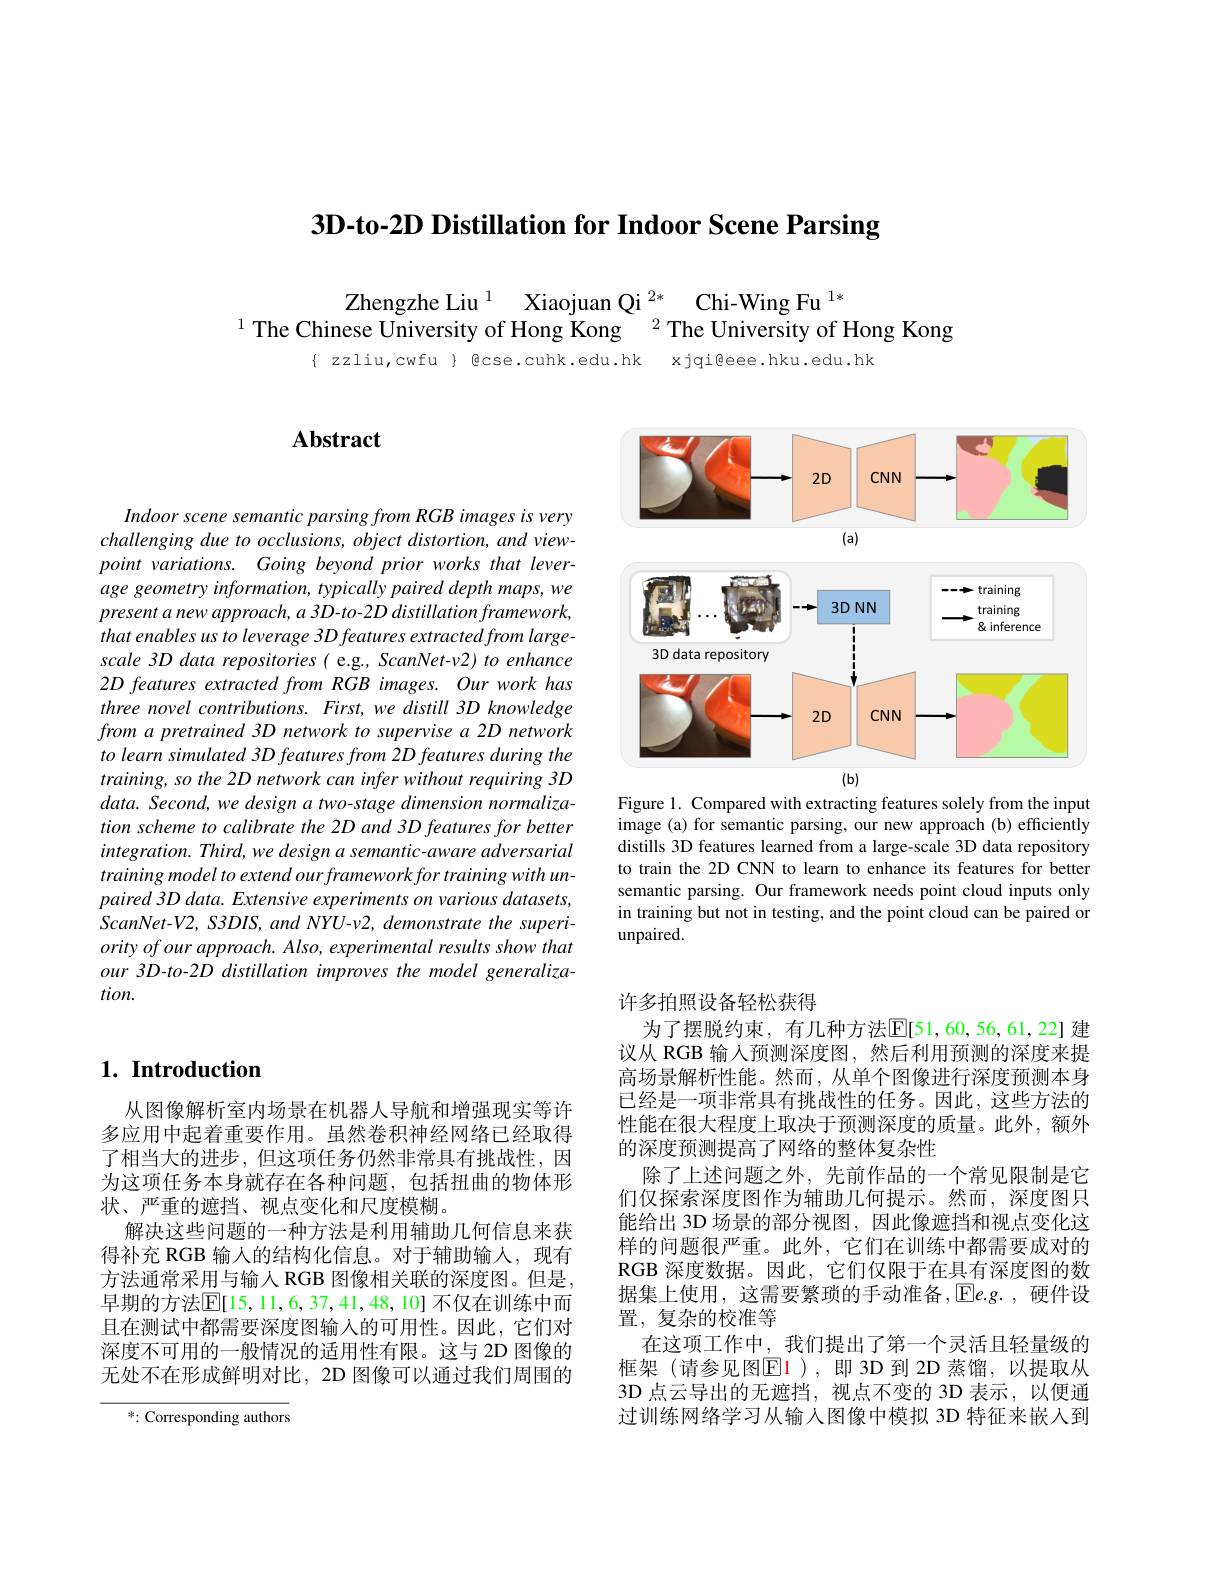
3D-to-2D Distillation for Indoor Scene Parsing

Zhengzhe Liu $^{1}$ Xiaojuan Qi $^{2*}$ Chi-Wing Fu$^{1*}$
$^{1}$ The Chinese University of Hong Kong $^{2}$ The University of Hong Kong
{ zzliu,cwfu } Qcse.cuhk.edu.hk xjqi@eee.hku.edu.hk

# Abstract

## $1. \textbf{ Introduction}$

从图像解析室内场景在机器人导航和增强现实等许多应用中起着重要作用。虽然卷积神经网络已经取得了相当大的进步，但这项任务仍然非常具有挑战性，因为这项任务本身就存在各种问题，包括扭曲的物体形状、严重的遮挡、视点变化和尺度模糊。
解决这些问题的一种方法是利用辅助几何信息来获得补充 RGB 输入的结构化信息。对于辅助输人，现有方法通常采用与输入 RGB 图像相关联的深度图。但是早期的方法$\overline{\mathrm{E}}[15,11,6,37,41,48,10]$ 不仅在训练中而且在测试中都需要深度图输入的可用性。因此，它们对深度不可用的一般情况的适用性有限。这与 2D 图像的无处不在形成鲜明对比，2D 图像可以通过我们周围的

*: Corresponding authors

Indoor scene semantic parsing from RGB images is very challenging due to occlusions, object distortion, and viewpoint $variations.$ Going beyond prior works that $lever-$ age geometry information, typically paired depth maps, we $presentanewapproach,a3D-to-2Ddistillationframework$, that enables us to leverage 3D features extracted from largescale 3D data repositories( e.g., ScanNet-v2) to enhance $2D\textit{ features extracted from RGB images. Our work has}$ three novel contributions. First, we distill 3D knowledge from a pretrained 3D network to supervise a 2D network to learn simulated 3D features from 2D features during the training, so the 2D network can infer without requiring 3D $data. Second, we\textit{ design a two- stage dimension normaliza- Iformaliza- Iformand, we design a two- stage dimension normaliza- Iformandisen Iformaliza- Iformand Ifors Ifors Ifors Ifor Ifor Ifor Ifor Ifor Ifor Ifor Ifor Ifor Ifor Ifor Ifor Ifor Ifor Ifor Ifor}$ tion scheme to calibrate the 2D and 3D features for better integration. Third, we design a semantic-aware adversarial training model to extend our framework for training with un- $paired3Ddata.Extensive$ experiments on various datasets, $ScanNet-V2,S3DIS,andN\dot{YU}$-v2, demonstrate the superi- $ority\textit{ of our approach. Also, experimental results show that}$ our 3D-to-2D distillation improves the model generaliza- $tion.$

<FigureHere>

Figure 1. Compared with extracting features solely from the input image (a) for semantic parsing, our new approach (b) efficiently distills 3D features learned from a large-scale 3D data repository to train the 2D CNN to learn to enhance its features for better semantic parsing. Our framework needs point cloud inputs only in training but not in testing, and the point cloud can be paired or unpaired.

许多拍照设备轻松获得

为了摆脱约束，有几种方法$\mathbb{E}[51,60,56,61,22]$ 建议从 RGB 输入预测深度图，然后利用预测的深度来提高场景解析性能。然而，从单个图像进行深度预测本身已经是一项非常具有挑战性的任务。因此，这些方法的性能在很大程度上取决于预测深度的质量。此外，额外的深度预测提高了网络的整体复杂性
除了上述问题之外，先前作品的一个常见限制是它们仅探索深度图作为辅助几何提示。然而，深度图只能给出 3D 场景的部分视图，因此像遮挡和视点变化这样的问题很严重。此外，它们在训练中都需要成对的RGB 深度数据。因此，它们仅限于在具有深度图的数据集上使用，这需要繁琐的手动准备，$\mathbb{E}e.g.$,硬件设置，复杂的校准等
在这项工作中，我们提出了第一个灵活且轻量级的框架(请参见图$\boxed{\mathrm{E}}1)$,即3D到2D蒸馏，以提取从3D 点云导出的无遮挡，视点不变的 3D 表示，以便通过训练网络学习从输人图像中模拟 3D 特征来嵌入到